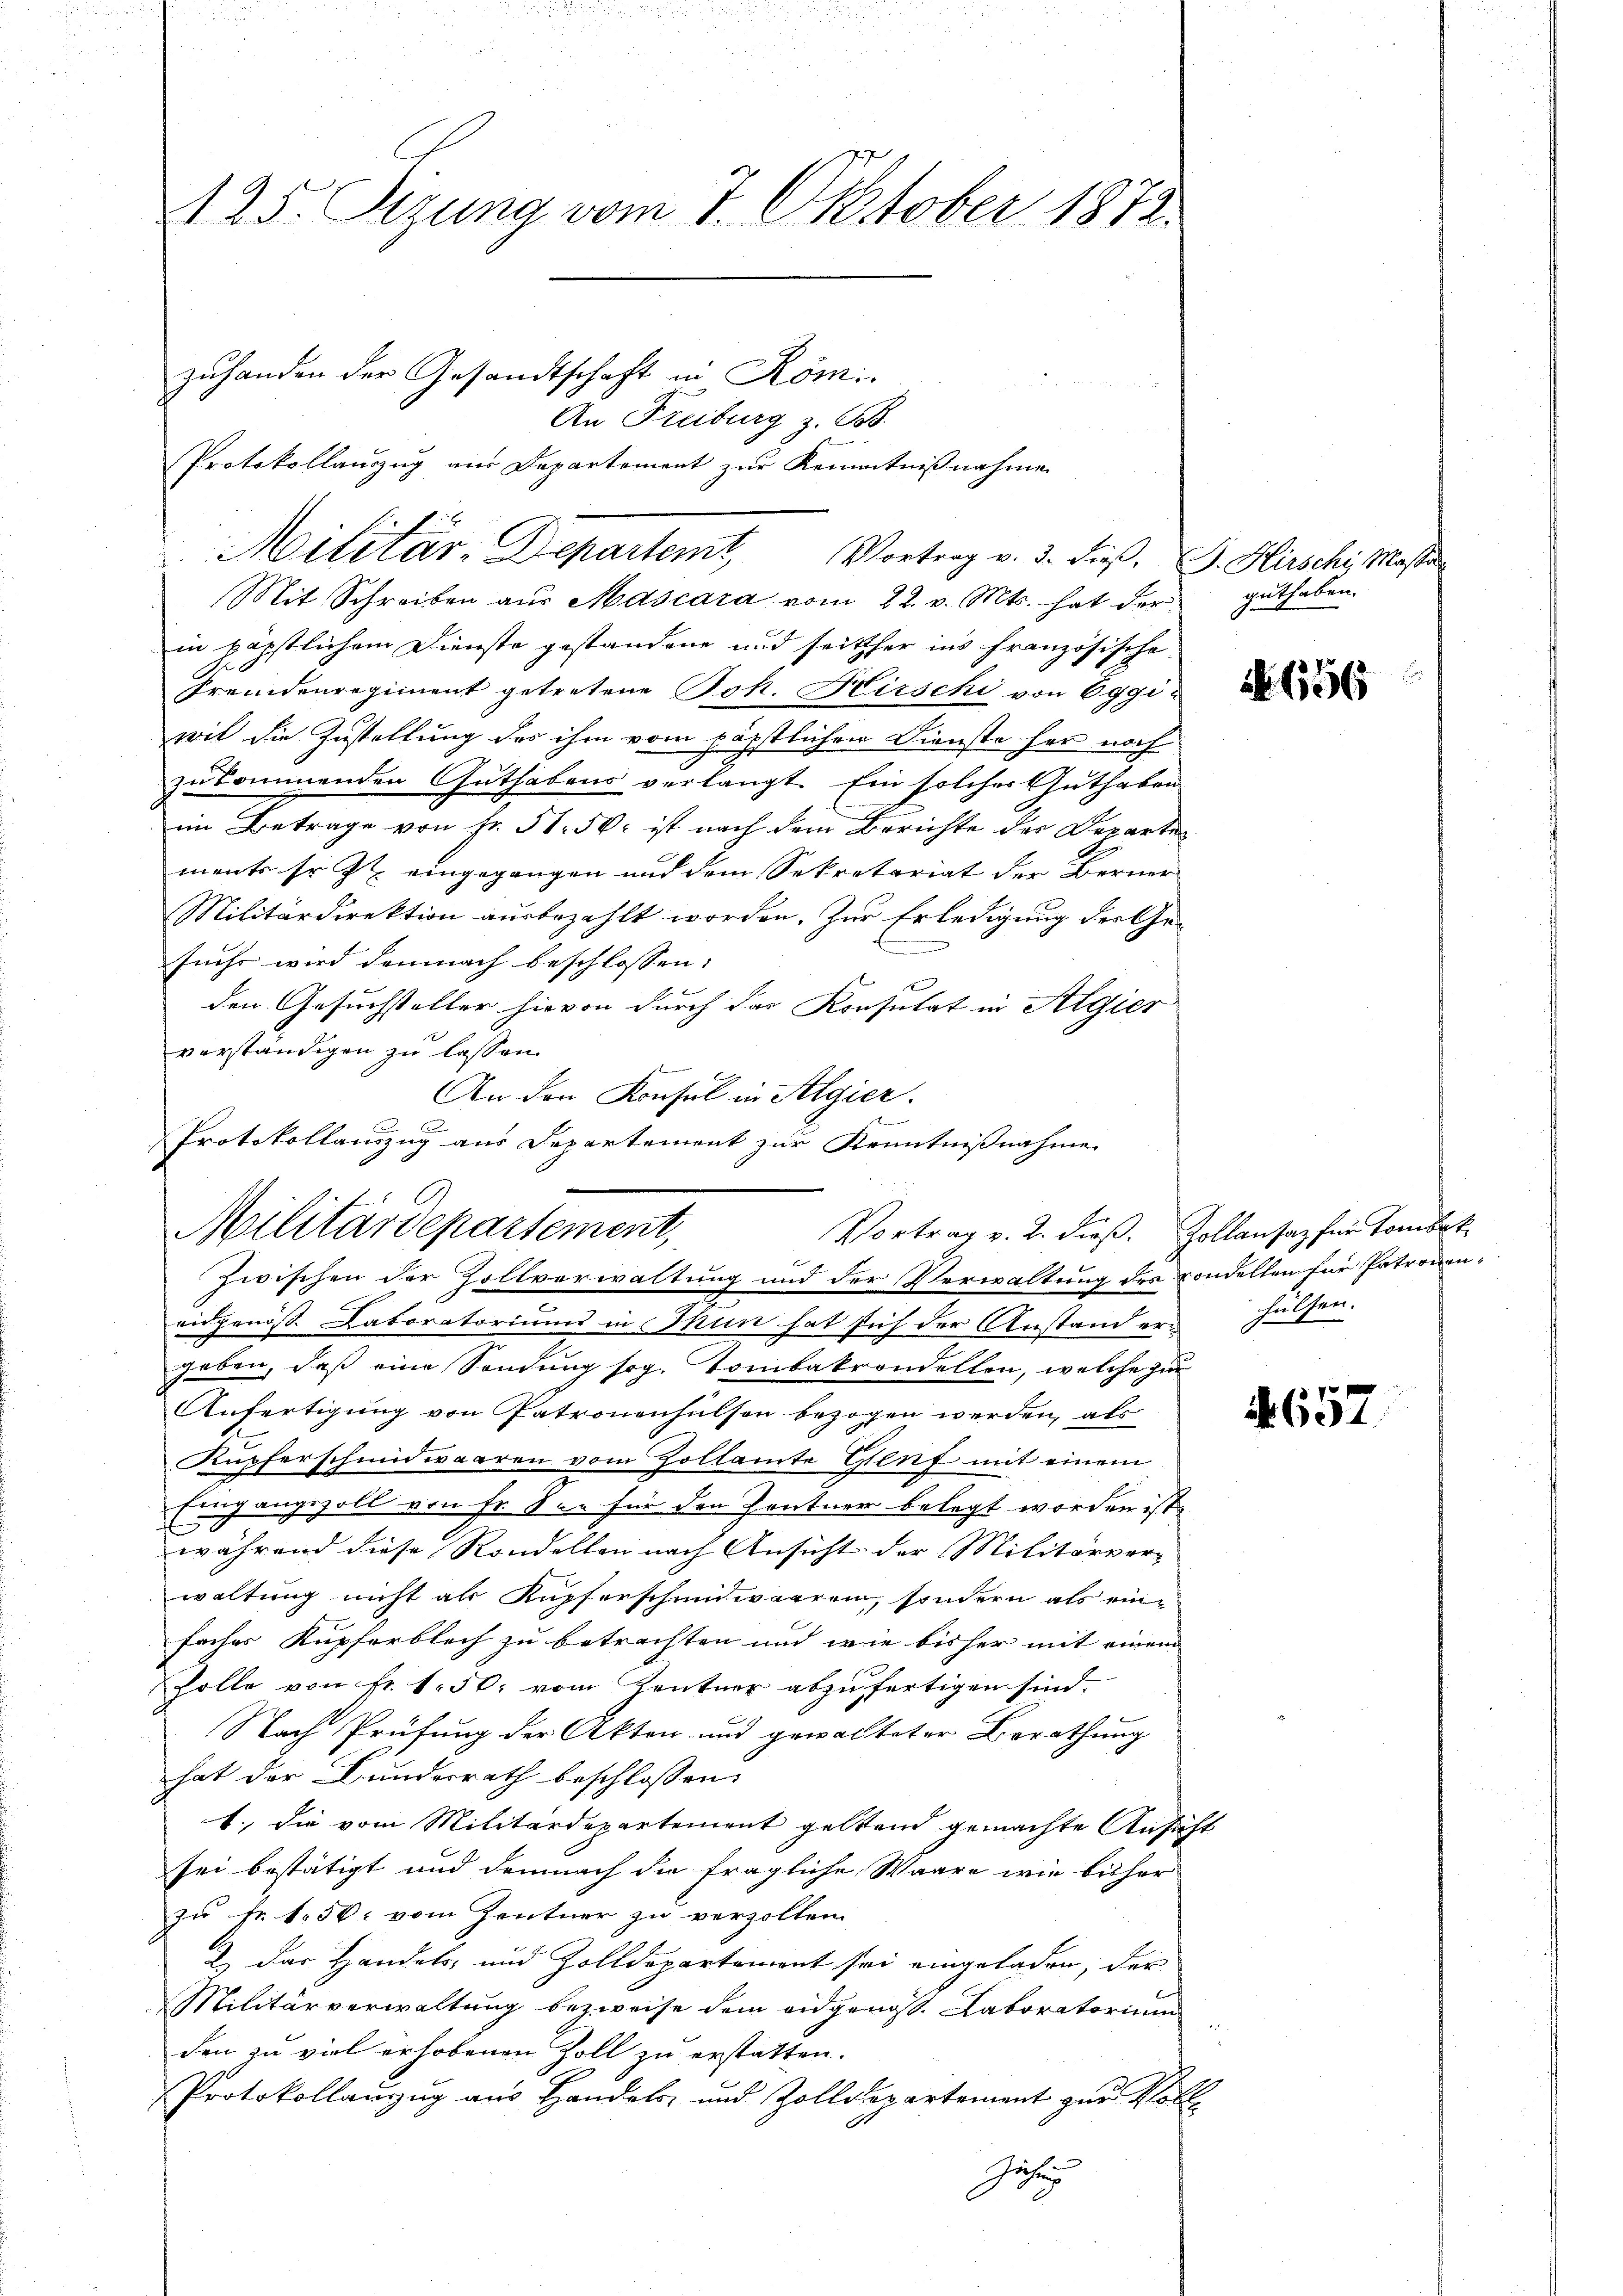
425. Sizung vom 7. Oktober 1873.

Mit Schreiben aŭs Mascara vom 22. v. Mts. hat der guthaben.
in päpstlichem Dienste gestandene und seither ins französische
Fremdenregiment getretene Joh. Kirschi von Eggiwil die Zustellung des ihm vom päpstlichen Dienste her noch
zukommenden Guthabens verlangt. Ein solches Guthaben
im Betrage von Fr. 51. 536. ist nach dem Berichte der Departe
ments sr. Zt. eingegangen und dem Sekretariat der Berner
Militärdirektion ausbezahlt worden. Zur Erledigung des Gem
suchs wird demnach beschlossen:
den Gesuchsteller hievon durch das Konsulat in Algier
verständigen zu lassen.
An den Konsul in Algier.
Protokollauszug aus Departement zur Kenntnißnahme

zuhanden der Gesandtschaft in Römi
Militär-Departem Vortrag v. 3. dieß, G. Hirschi, Masse

An Freiburg z. B.

Protokollauszug aus Departement zur Kenntnißnahme

A
Militärdepartement,
Vortrag v. 2. dieß. Zollansaz für Tombek
Zwischen der Zollverwaltung und der Verwaltung des sondellen für Patronen¬

eidgenöß Laboratoriums in Thun hat sich der Anstand ern
geben, daß eine Sendung sog. Tombakrondellen, welche zur
Anfertigung von Patronenhülsen bezogen werden, als
Kupferschmiedwaaren vom Zollamte Genf mit einem
Eingangszoll von ihr See für den Zentner belegt worden ist,
während diese Randelten nach Ansicht der Militärver-
waltung nicht als Kupferschmidwaaren, sondern als einfacher Kupferblich zu betrachten und wie bisher mit einem
Zolle von fr. 1. 50. vom Zentner abzufertigen sind.
Nach Prüfung der Akten und gewalteter Berathung |
hat der Bundesrath beschlossen:
1., die vom Militärdepartement geltend gemachte Ansicht
sei bestätigt und demnach die fragliche Waare wie bisher
zu Fr. 150: vom Zentner zu verzollen.
2.) Das Handels- und Zolldepartement sei eingeladen, der
Militärverwaltung bezweife dem eidgenoss. Laboratorium
den zu viel erhobenen Zoll zu erstatten.
Protokollanzug aus Handels- und Zolldepartement zur Voll
Gesetz

656

hulten.
e
e

. 657